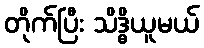
တိုက်ပြီး သိဒ္ဓိယူမယ်